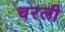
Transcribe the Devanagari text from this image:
चरली